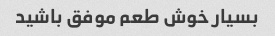
بسیار خوش طعم موفق باشید